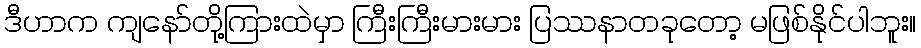
ဒီဟာက ကျနော်တို့ကြားထဲမှာ ကြီးကြီးမားမား ပြဿနာတခုတော့ မဖြစ်နိုင်ပါဘူး။